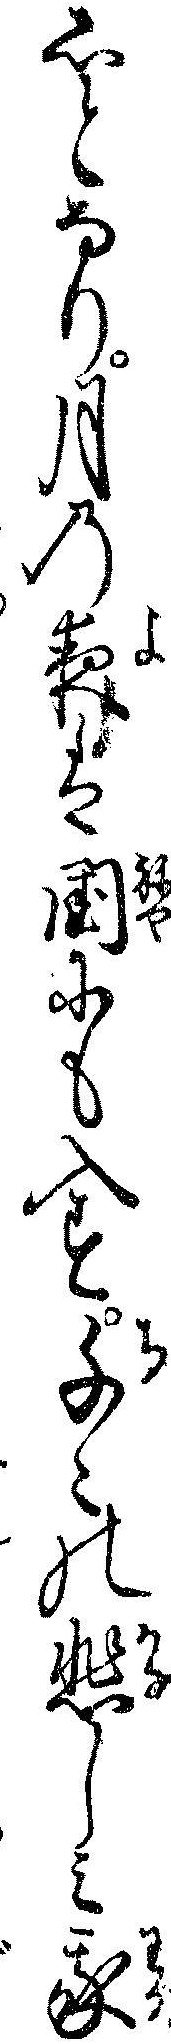
しとなり月の夜は閨にも入す千々の悲しミ我